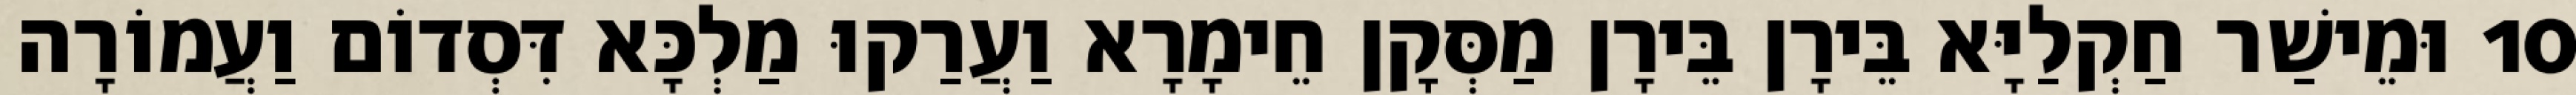
10 וּמֵישַׁר חַקְלַיָּא בֵּירָן בֵּירָן מַסְּקָן חֵימָרָא וַעֲרַקוּ מַלְכָּא דִּסְדוֹם וַעֲמוֹרָה